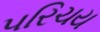
પરિચય